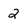
Character: 2